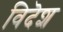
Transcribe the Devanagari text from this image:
विदॆश